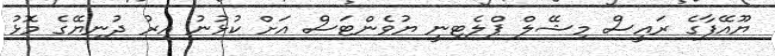
ޔޫއޭފާގެ ރައީސް މިޝޭލް ޕްލެޓިނީ ޔުވެންޓަސް އަށް ކުޅުނު އިރު ދުނިޔޭގެ މޮޅު